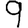
Digit: 9